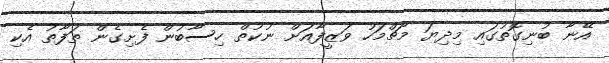
އޭނާ ބުނިގޮތުގައި މިދިޔަ މާޗްމަހު ވަޒީފާއަށް ނުކުތް ހިސާބުން ފެށިގެން ތަފާތު އެކި